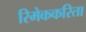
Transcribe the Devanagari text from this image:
रिमेककरिता